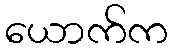
ယောက်က